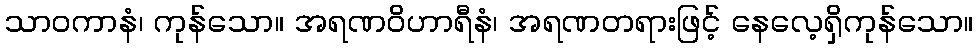
သာဝကာနံ၊ ကုန်သော။ အရဏဝိဟာရီနံ၊ အရဏတရားဖြင့် နေလေ့ရှိကုန်သော။